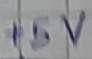
Text: +5V